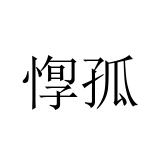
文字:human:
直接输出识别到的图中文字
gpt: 惸孤